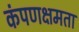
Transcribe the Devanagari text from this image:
कंपणक्षमता